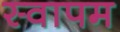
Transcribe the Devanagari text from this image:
स्वापम